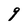
Character: 9